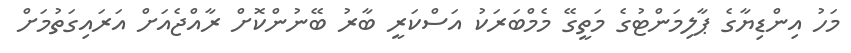
މަހު އިންޑިޔާގެ ޕާލިމަންޓުގެ މަތީގޭ މެމްބަރަކު އަސްކަރީ ބާރު ބޭނުންކޮށް ރާއްޖެއަށް އަރައިގަތުމަށް